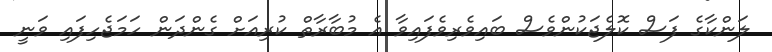
ލަންކާގެ ފަސް ކޮލެޖަކުންވެސް ބައިވެރިވެފައިވާ އެ މުބާރާތް ކުރިއަށް ގެންދަން ހަމަޖެހިފައި ވަނީ